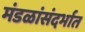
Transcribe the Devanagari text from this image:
मंडळांसंदर्भात